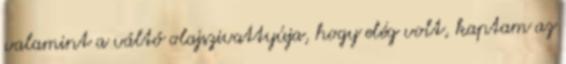
valamint a váltó olajszivattyúja, hogy elég volt, kaptam az